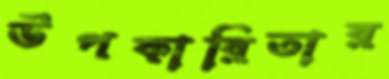
উপকারিতার